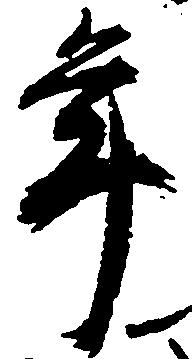
年